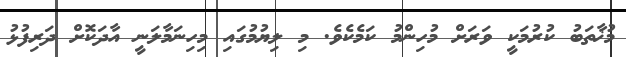
މުޚާތަބު ކުރުމަކީ ވަރަށް މުހިންމު ކަމެކެވެ. މި ލިޔުމުގައި މިހިނަމާލަނީ އާދަކޮށް ދަރިފުޅު